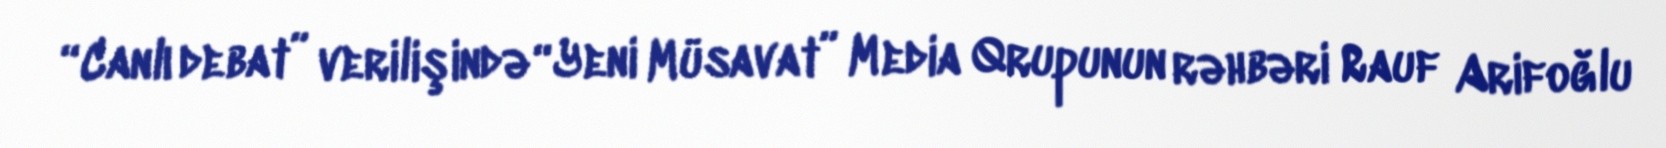
“Canlı debat” verilişində “Yeni Müsavat” Media Qrupunun rəhbəri Rauf Arifoğlu